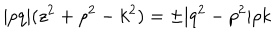
LaTeX: \vert p q \vert ( z ^ { 2 } + \rho ^ { 2 } - k ^ { 2 } ) = \pm \vert q ^ { 2 } - p ^ { 2 } \vert \rho k